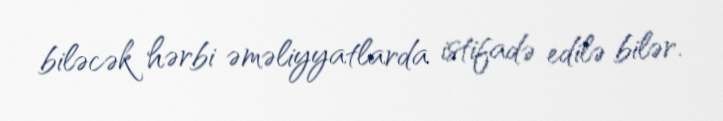
biləcək hərbi əməliyyatlarda istifadə edilə bilər.